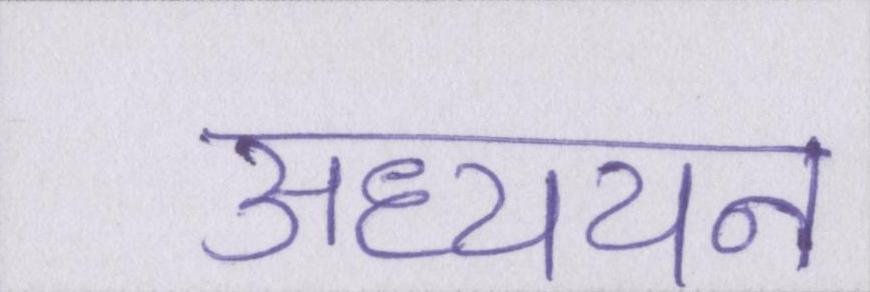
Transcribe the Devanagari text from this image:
अध्ययन